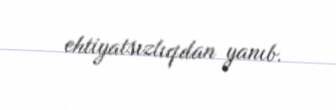
ehtiyatsızlıqdan yanıb.